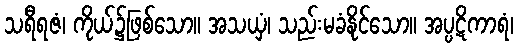
သရီရဇံ၊ ကိုယ်၌ဖြစ်သော။ အသယှံ၊ သည်းမခံနိုင်သော။ အပ္ပဋိကာရံ၊